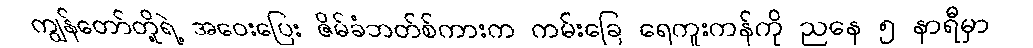
ကျွန်တော်တို့ရဲ့ အဝေးပြေး ဇိမ်ခံဘတ်စ်ကားက ကမ်းခြေ ရေကူးကန်ကို ညနေ ၅ နာရီမှာ